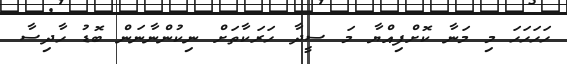
ހަހަހަހަ މި މަނާ ކޮށްފިއްޔާ މަ ސީދާ ހަރަކާތަށް ނިކުންނާނަން ބޮޑު ހާދިސާ